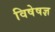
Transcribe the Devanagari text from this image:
विषेषज्ञ